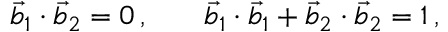
\begin{array} { r l r } { \vec { b } _ { 1 } \cdot \vec { b } _ { 2 } = 0 \, , } & { { } } & { \vec { b } _ { 1 } \cdot \vec { b } _ { 1 } + \vec { b } _ { 2 } \cdot \vec { b } _ { 2 } = 1 \, , } \end{array}